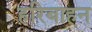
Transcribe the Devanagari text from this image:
हरिबाहन